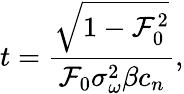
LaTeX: t=\frac{\sqrt{1-\mathcal{F}_{0}^{2}}}{\mathcal{F}_{0}\sigma_{\omega}^{2}\beta c_{n}},